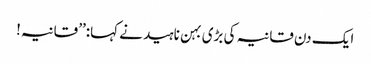
ایک دن قانیہ کی بڑی بہن ناہید نے کہا:’’ قانیہ!